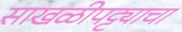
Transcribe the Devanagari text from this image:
साखळीपट्ट्याचा